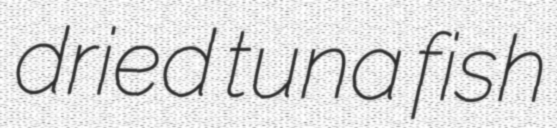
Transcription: dried tuna fish